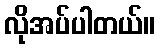
လိုအပ်ပါတယ်။